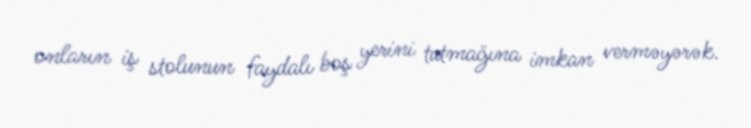
onların iş stolunun faydalı boş yerini tutmağına imkan verməyərək.